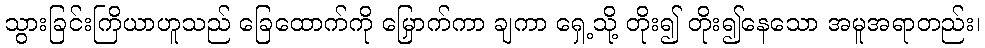
သွားခြင်းကြိယာဟူသည် ခြေထောက်ကို မြှောက်ကာ ချကာ ရှေ့သို့ တိုး၍ တိုး၍နေသော အမူအရာတည်း၊